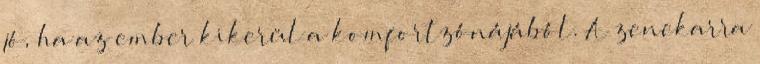
jó, ha az ember kikerül a komfortzónájából. A zenekarra